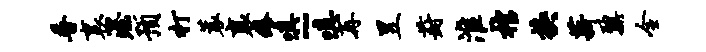
普里渥预打蓑襄痒嗔~嗔再昱葑淮棺换薪鼐全